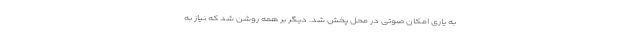
به یاری امکان صوتی در محل پخش شد. دیگر بر همه روشن شد که نیاز به